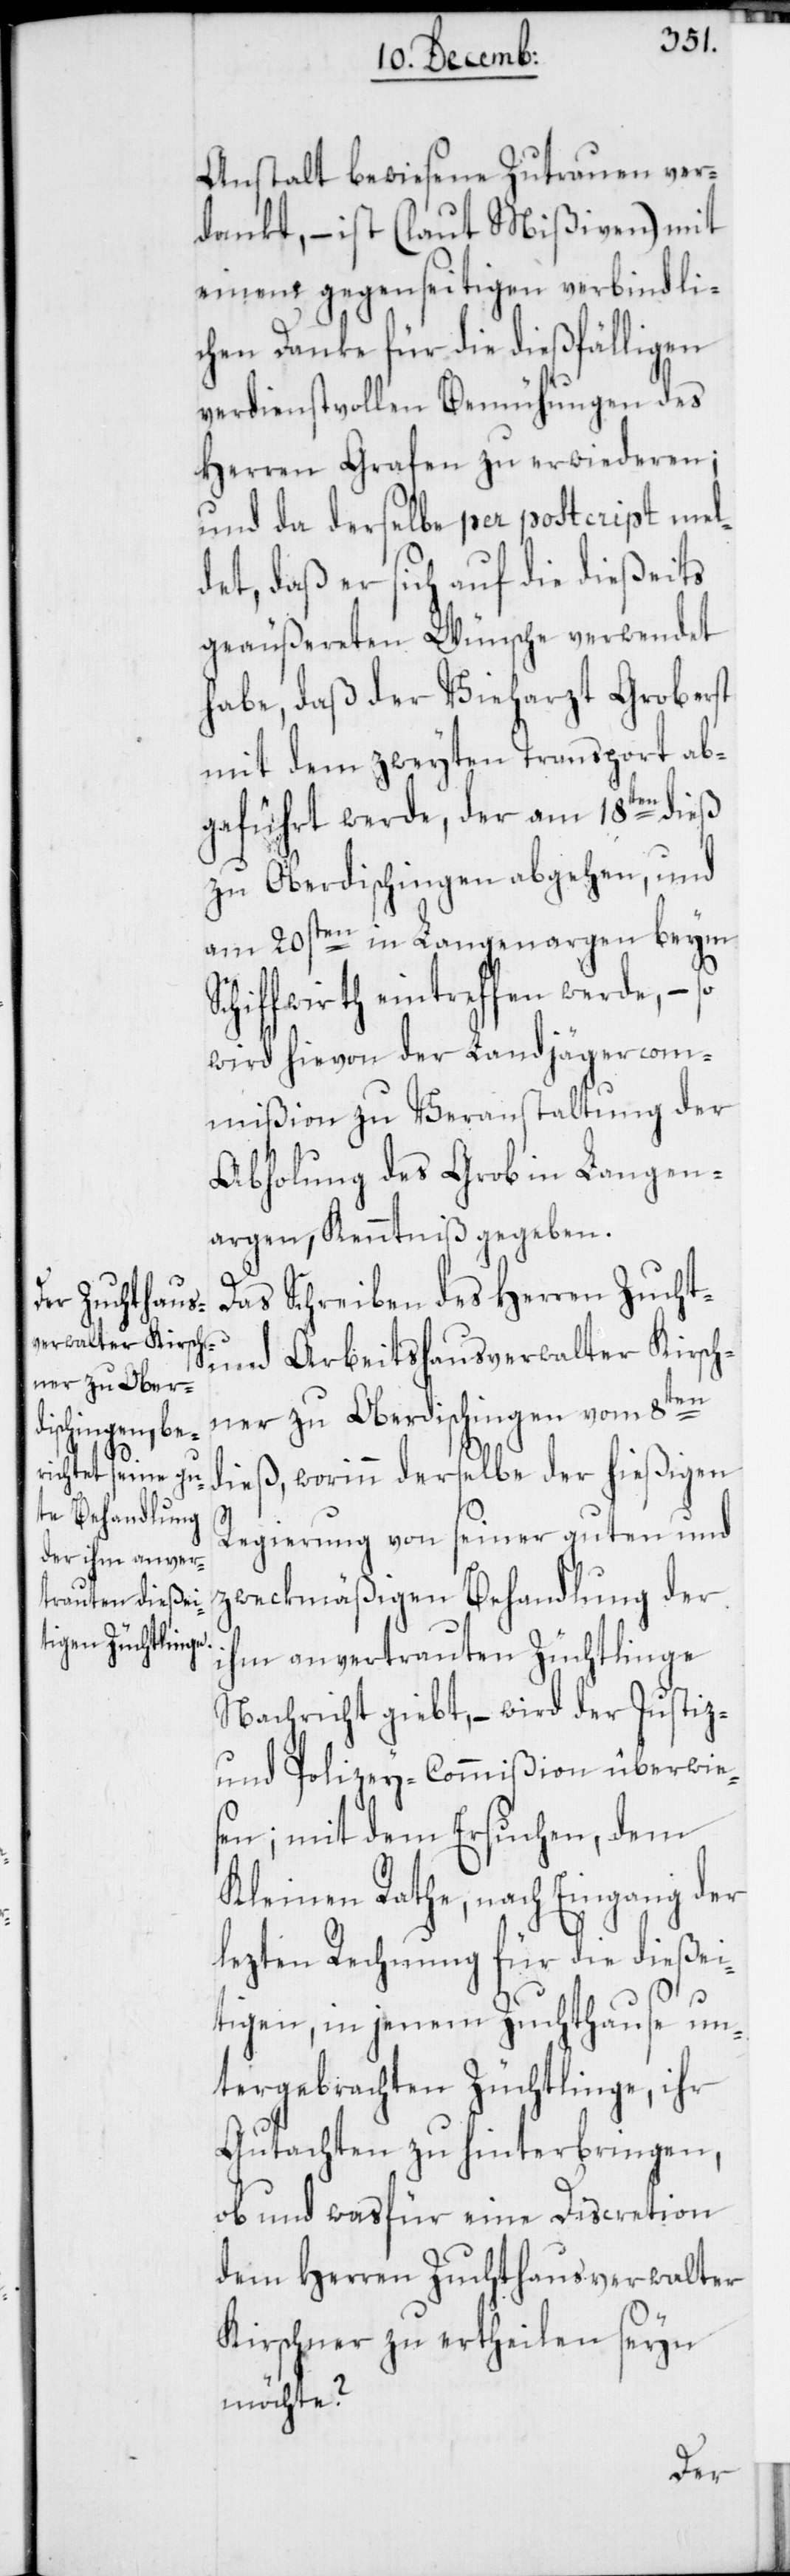
Anstalt bewiesene Zutrauen ver¬
dankt, – ist (laut Mißiven) mit
einem gegenseitigen verbindli¬
chen Danke für die dießfälligen
verdienstvollen Bemühungen des
Herren Grafen zu erwiederen;
und da derselbe per post[s]cript mel¬
det, daß er sich auf die dießeits
geäußereten Wünsche verwendet
habe, daß der Vieharzt Grob erst
mit dem zweyten Transport ab¬
geführt werde, der am 18ten dieß
zu Oberdischingen abgehen, und
am 20sten in Langenargen beym
Schiffwirth eintreffen werde, – so
wird hievon der Landjägercom¬
mißion zu Veranstaltung der
Abholung des Grob in Langen¬
argen, Kenntniß gegeben.
Das Schreiben des Herren Zucht-
und Arbeitshausverwalter Kirsch¬
ner zu Oberdischingen vom 8ten
dieß, worinn derselbe der hießigen
Regierung von seiner guten und
zweckmäßigen Behandlung der
ihm anvertrauten Züchtlinge
Nachricht giebt, – wird der Justiz-
und Polizey-Commißion überwie¬
sen; mit dem Ersuchen, dem
Kleinen Rathe, nach Eingang der
lezten Rechnung für die dießei¬
tigen, in jenem Zuchthause un¬
tergebrachten Züchtlinge, ihr
Gutachten zu hinterbringen,
ob und was für eine Discretion
dem Herren Zuchthausverwalter
Kirschner zu ertheilen seyn
möchte?